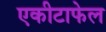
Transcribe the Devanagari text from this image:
एकीटाफेल